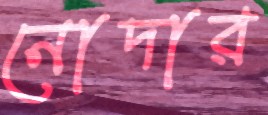
নোদার